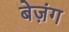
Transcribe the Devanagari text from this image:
बेज़ंग